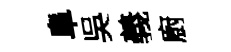
阜吳義廚